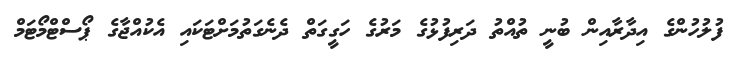
ފުލުހުންގެ އިދާރާއިން ބުނީ ތުއްތު ދަރިފުޅުގެ މަރުގެ ހަގީގަތް ދެނެގަތުމަށްޓަކައި އެކުއްޖާގެ ޕޯސްޓްމޯޓަމް